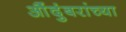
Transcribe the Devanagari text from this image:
औंदुंबरांच्या